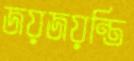
জয়জয়ন্তি